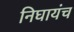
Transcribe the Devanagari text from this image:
निघायंच